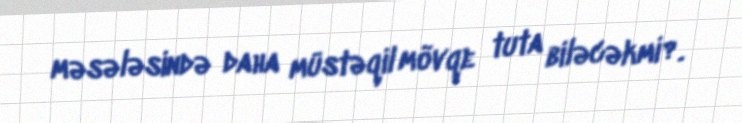
məsələsində daha müstəqil mövqe tuta biləcəkmi?.